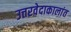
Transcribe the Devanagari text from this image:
उत्तरवेदाकालांत